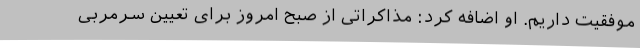
موفقیت داریم. او اضافه کرد: مذاکراتی از صبح امروز برای تعیین سرمربی